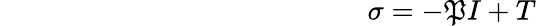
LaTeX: ~~~~~~~~~~~~~~~~~~~~~~~~~~~~~~~~~~~~~~~~~~~~~~~~~~~~\sigma=-\mathfrak{P}I+T